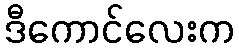
ဒီကောင်လေးက